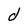
Character: d